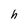
Character: h